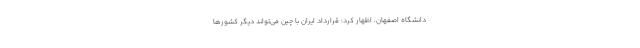
دانشگاه اصفهان، اظهار کرد: قرارداد ایران با چین می‌تواند دیگر کشورها